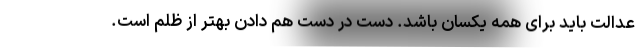
عدالت باید برای همه یکسان باشد. دست در دست هم دادن بهتر از ظلم است.